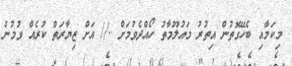
މިކަމާއި ބެހޭގޮތުން އިތުރު މައުލޫމާތު ހޯއްދެވުމަށް ..// އަށް ޒިޔާރަތް ކުރެއް ވުމުން